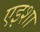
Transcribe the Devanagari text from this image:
एइशा